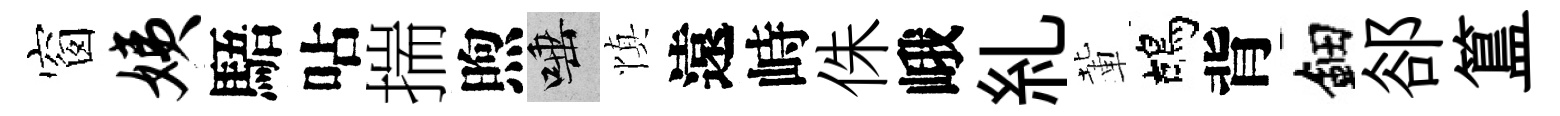
窗姨䮏呫揣煦唾慎遠峙侏峨糺輩鴣背鈿郤簋